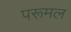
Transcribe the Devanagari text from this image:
परूमल